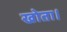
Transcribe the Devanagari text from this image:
खोता।